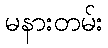
မနားတမ်း